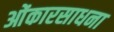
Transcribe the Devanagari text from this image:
ओंकारसाधना